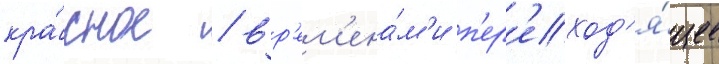
кра́сное / вр'ем'ена́м'и п'ер'еход'я́щее